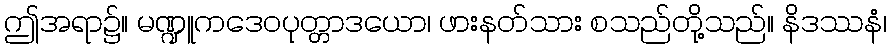
ဤအရာ၌။ မဏ္ဍူကဒေဝပုတ္တာဒယော၊ ဖားနတ်သား စသည်တို့သည်။ နိဒဿနံ၊